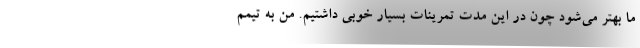
ما بهتر می‌شود چون در این مدت تمرینات بسیار خوبی داشتیم. من به تیمم